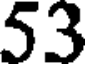
53